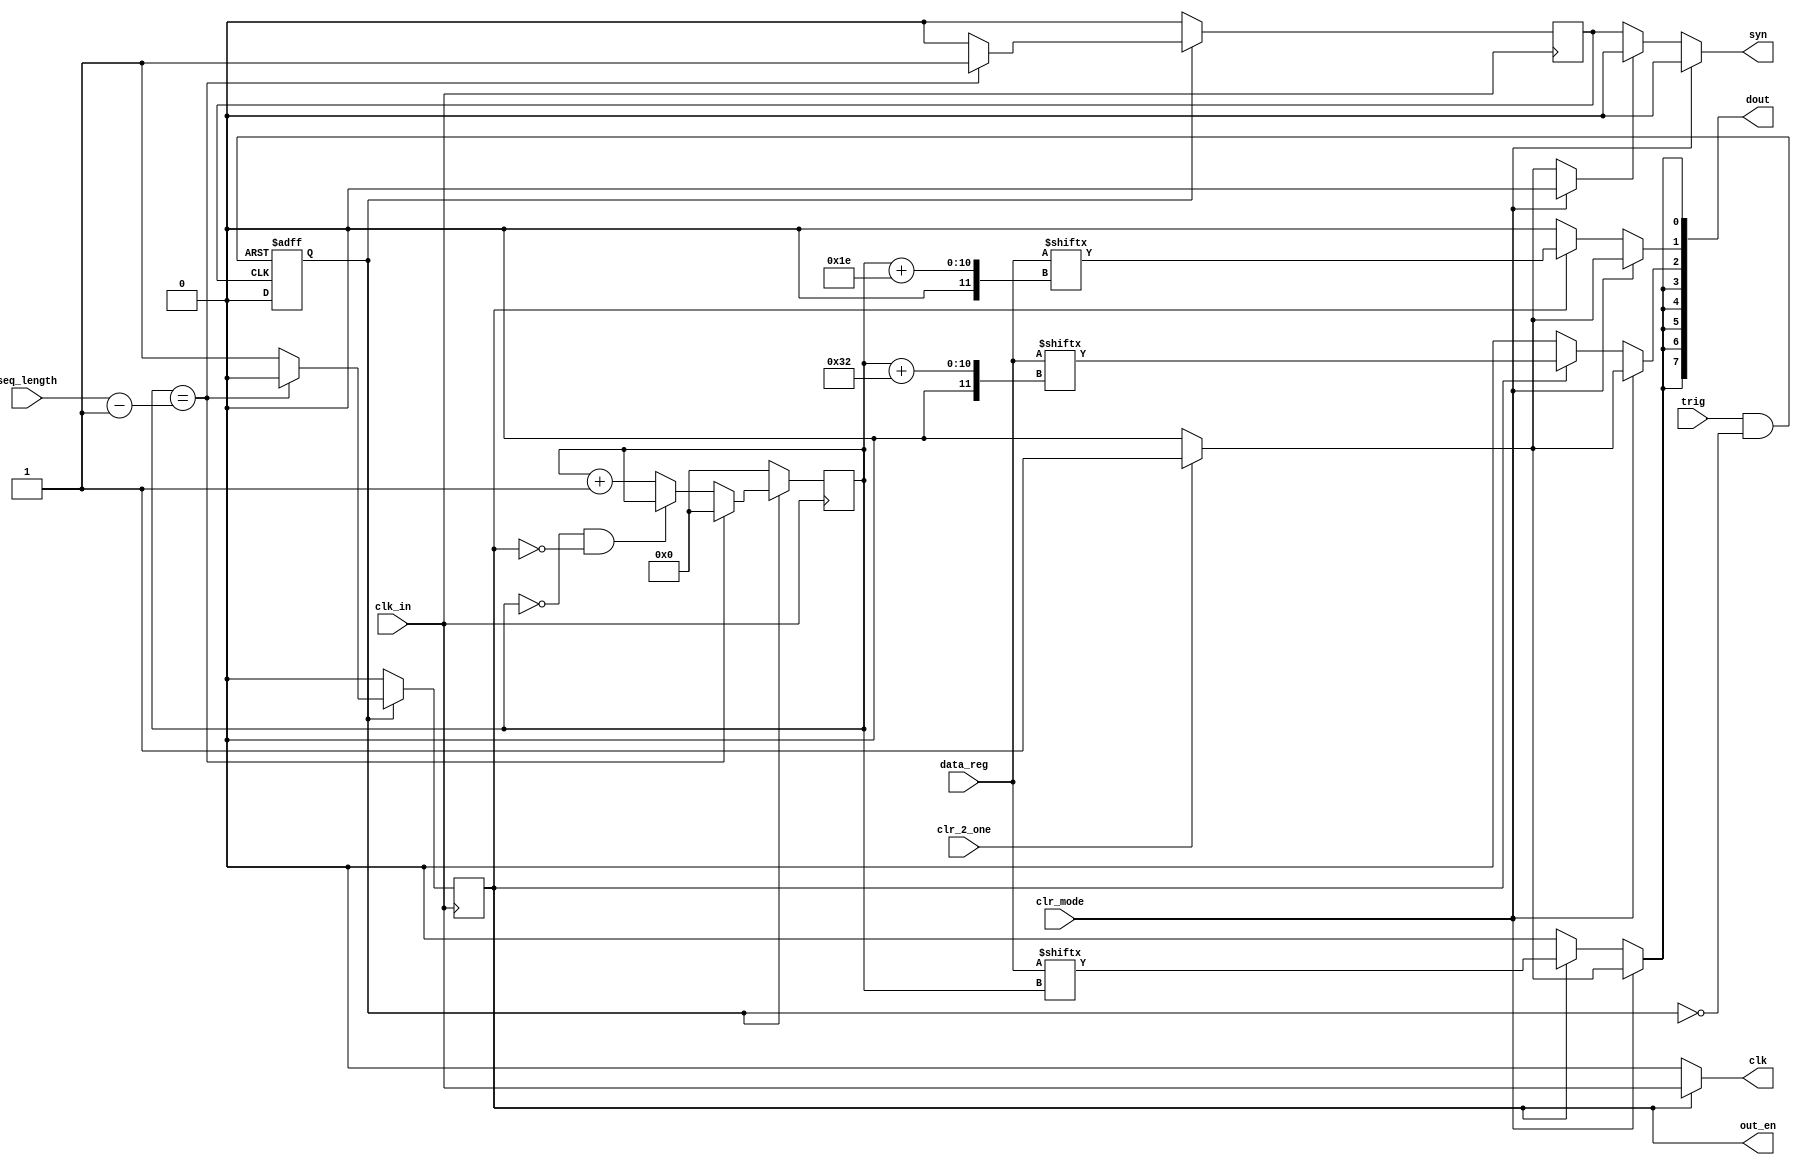
module DOUT_FIB(
	input clk_in,
	input [1023:0]data_reg,	//	Data Register, 451 bits
	input  trig,				// Trigger Signal	
	input  [9:0]seq_length,
	input  clr_2_one,	
									// 11 -> All zeros
									// 01 -> All ones
	input  clr_mode,	
	output clk,	//	.clk(GPIO_0_D[0]),	// CLOCK
	output [7:0]dout,	// .dout(GPIO_0_D[1]),	// Digital Input
	output syn,	//	.syn(GPIO_0_D[2])		// Sync Signal		
	output reg out_en	//	.syn(GPIO_0_D[2])		// Sync Signal		
);

reg dout_strobe;
reg async_out_en;
reg clk_strobe;
reg [9:0]counter;
reg syn_internal;

/* 8 FIB POINTS */
assign dout[0] = clr_mode?(clr_2_one?1'b1:1'b0):(out_en?data_reg[counter]:1'b0);
assign dout[1] = clr_mode?(clr_2_one?1'b1:1'b0):(out_en?data_reg[counter+30]:1'b0);
assign dout[2] = clr_mode?(clr_2_one?1'b1:1'b0):(out_en?data_reg[counter+50]:1'b0);
assign dout[3] = clr_mode?(clr_2_one?1'b1:1'b0):(out_en?data_reg[counter]:1'b0);
assign dout[4] = clr_mode?(clr_2_one?1'b1:1'b0):(out_en?data_reg[counter]:1'b0);
assign dout[5] = clr_mode?(clr_2_one?1'b1:1'b0):(out_en?data_reg[counter]:1'b0);
assign dout[6] = clr_mode?(clr_2_one?1'b1:1'b0):(out_en?data_reg[counter]:1'b0);
assign dout[7] = clr_mode?(clr_2_one?1'b1:1'b0):(out_en?data_reg[counter]:1'b0);

assign syn = clr_mode?1'b0:(syn_disable?1'b0:syn_internal);
assign clk = out_en?clk_in:1'b0;
assign syn_disable = clr_mode?1'b0:clr_2_one?1'b1:1'b0;

/* trigger is valid only if output is not enabled (ready mode)
	do not trigger when output is enabled otherwise 
	digital sequence may be sent  multiple times */
wire trig_and_oenb = trig & !async_out_en;		// dout	

always @ (posedge trig_and_oenb or posedge syn_internal)
begin
	if(trig_and_oenb)		
		async_out_en <= 1'b1;			
	else		
		async_out_en <= 1'b0;				
end // End of Always


always @ (negedge clk_in)
begin 								
	if(async_out_en)
	begin
		if (counter == seq_length-1'b1)
		begin
			counter <= 10'b0000_0000_00;
			syn_internal <= 1'b1;
			out_en <= 1'b0;
		end
		else if (counter == 10'b0000_0000_00 & out_en==1'b0)
		begin
			syn_internal <= 1'b0;
			out_en <= 1'b1;
		end
		else
		begin
			counter <= counter + 1'b1; 
			syn_internal <= 1'b0;
			out_en <= 1'b1;
		end
	end	
	else
		begin
		syn_internal <= 1'b0;
		counter <= 10'b0000_0000_00;
		out_en <= 1'b0;
		end
end // End of Always
endmodule